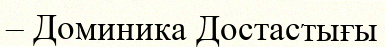
– Доминика Достастығы